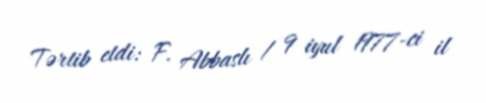
Tərtib etdi: F. Abbaslı / 9 iyul 1977-ci il